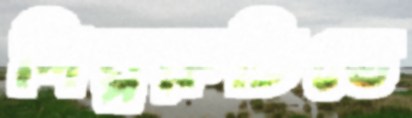
শিল্পরুচিতে